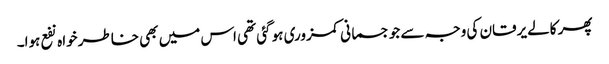
پھر کالے یرقان کی وجہ سے جو جسمانی کمزوری ہو گئی تھی اس میں بھی خاطر خواہ نفع ہوا۔